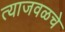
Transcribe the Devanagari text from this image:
त्याजवळचे